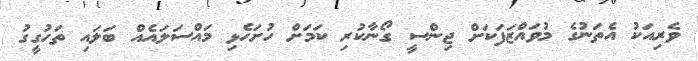
ވެރިއަކު އެތަނުގެ މުވައްޒަފަކަށް ޖިންސީ ގޯނާކުރި ކަމަށް ހުށަހެޅި މައްސަލައެއް ބަލައި ތަހުގީގު